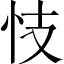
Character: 忮